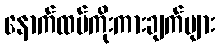
နောက်ထပ်ကိုးကားချက်များ